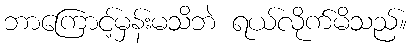
ဘာကြောင့်မှန်းမသိဘဲ ရယ်လိုက်မိသည်။